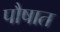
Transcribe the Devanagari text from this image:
पौषात